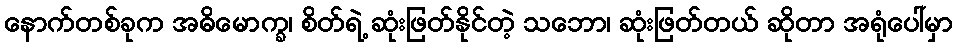
နောက်တစ်ခုက အဓိမောက္ခ၊ စိတ်ရဲ့ ဆုံးဖြတ်နိုင်တဲ့ သဘော၊ ဆုံးဖြတ်တယ် ဆိုတာ အရုံပေါ်မှာ